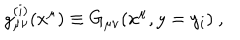
g _ { \mu \nu } ^ { ( i ) } ( x ^ { \mu } ) \equiv G _ { \mu \nu } ( x ^ { \mu } , y = y _ { i } ) ~ , ~ \,